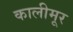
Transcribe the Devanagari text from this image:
कालीमूर